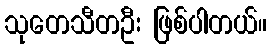
သုတေသီတဦး ဖြစ်ပါတယ်။